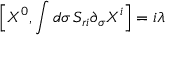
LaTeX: \Big [ X ^ { 0 } , \int d \sigma \, S _ { r i } \partial _ { \sigma } X ^ { i } \Big ] = i \lambda